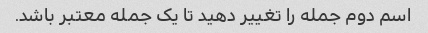
اسم دوم جمله را تغییر دهید تا یک جمله معتبر باشد.